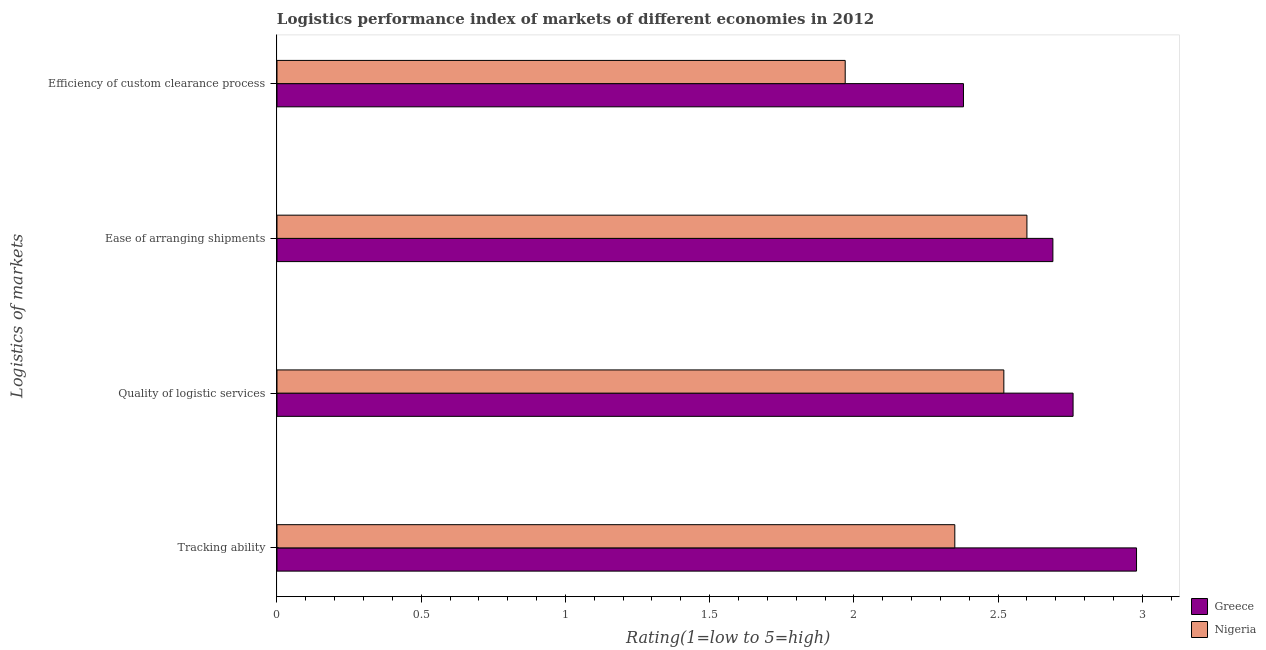
| Logistics of markets | Greece | Nigeria |
 | --- | --- | --- |
 | Tracking ability | 2.98 | 2.35 |
 | Quality of logistic services | 2.76 | 2.52 |
 | Ease of arranging shipments | 2.69 | 2.6 |
 | Efficiency of custom clearance process | 2.38 | 1.97 |